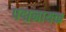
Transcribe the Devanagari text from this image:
पद्मनायक